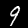
Label: 9